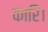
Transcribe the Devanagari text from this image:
कारि।